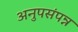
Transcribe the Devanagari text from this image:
अनुपसंपन्न